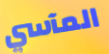
المآسي